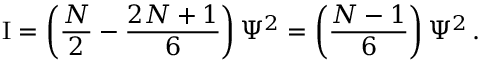
\mathrm { I } = \left( { \frac { N } { 2 } } - { \frac { 2 N + 1 } { 6 } } \right) \Psi ^ { 2 } = \left( { \frac { N - 1 } { 6 } } \right) \Psi ^ { 2 } \, .